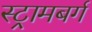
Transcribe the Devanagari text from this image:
स्ट्रामबर्ग